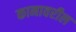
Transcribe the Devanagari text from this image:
कानावरील